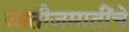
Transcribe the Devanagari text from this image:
जातीजमातींचे